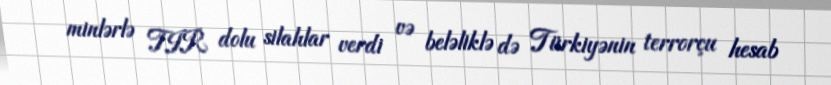
minlərlə TIR dolu silahlar verdi və beləliklə də Türkiyənin terrorçu hesab